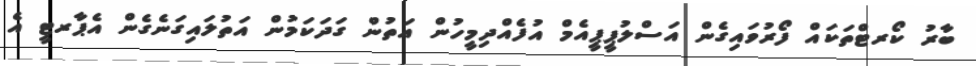
ބާރު ކޯރޓްތަކައް ފޯރުވައިގެން އަސްލުޕީޕީއެމް އުފެއްދިމީހުން އަތުން ގަދަކަމުން އަތުލައިގަނެގެން އެޕާރޓީ އެ